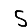
Digit: 5